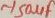
Text: ~150µF